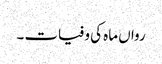
رواں ماہ کی وفیات ۔